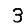
Digit: 3